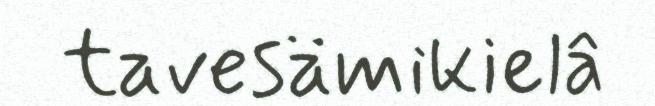
tavesämikielâ